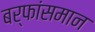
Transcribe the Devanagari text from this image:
बर्फांसमान